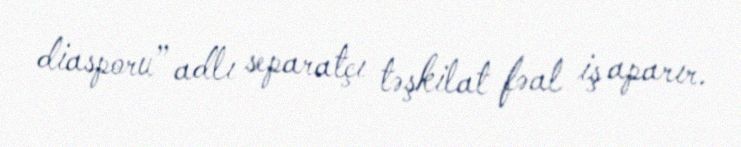
diasporu” adlı separatçı təşkilat fəal iş aparır.